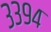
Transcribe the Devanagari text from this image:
३३९४